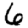
Digit: 6